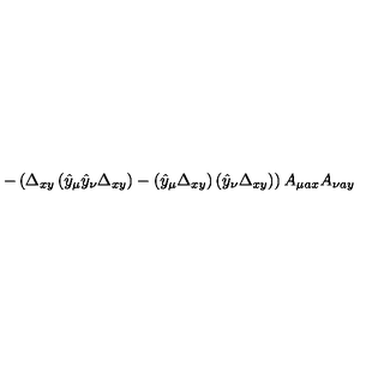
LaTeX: - \left( \Delta _ { x y } \left( \hat { y } _ { \mu } \hat { y } _ { \nu } \Delta _ { x y } \right) - \left( \hat { y } _ { \mu } \Delta _ { x y } \right) \left( \hat { y } _ { \nu } \Delta _ { x y } \right) \right) A _ { \mu a x } A _ { \nu a y }